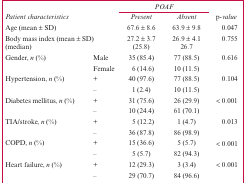
|  | POAF |  |  |
 | Patient characteristics |  | Present | Absent | p-value |
 | --- | --- | --- | --- |
 | Age (mean ± SD) |  | 67.6 ± 8.6 | 63.9 ± 9.8 | 0.047 |
 | Body mass index (mean ± SD) |  | 27.2 ± 3.7 | 26.9 ± 4.1 | 0.755 |
 | (median) |  | (25.8) | 26.7 |  |
 | Gender, n (%) | Male | 35 (85.4) | 77 (88.5) | 0.616 |
 |  | Female | 6 (14.6) | 10 (11.5) |  |
 | Hypertension, n (%) | + | 40 (97.6) | 77 (88.5) | 0.104 |
 |  | – | 1 (2.4) | 10 (11.5) |  |
 | Diabetes mellitus, n (%) | + | 31 (75.6) | 26 (29.9) | < 0.001 |
 |  | – | 10 (24.4) | 61 (70.1) |  |
 | TIA/stroke, n (%) | + | 5 (12.2) | 1 (4.7) | 0.013 |
 |  | – | 36 (87.8) | 86 (98.9) |  |
 | COPD, n (%) | + | 15 (36.6) | 5 (5.7) | < 0.001 |
 |  | – | 5 (5.7) | 82 (94.3) |  |
 | Heart failure, n (%) | + | 12 (29.3) | 3 (3.4) | < 0.001 |
 |  | – | 29 (70.7) | 84 (96.6) |  |